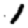
Digit: 1